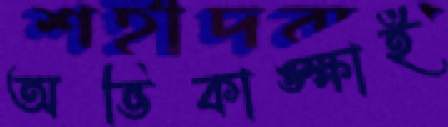
অভিকাঙ্ক্ষাই